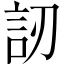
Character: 訒